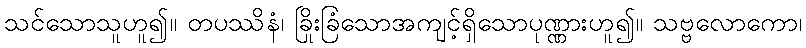
သင်သောသူဟူ၍။ တပဿိနံ၊ ခြိုးခြံသောအကျင့်ရှိသောပုဏ္ဏားဟူ၍။ သဗ္ဗလောကော၊